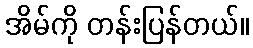
အိမ်ကို တန်းပြန်တယ်။